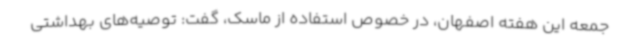
جمعه این هفته اصفهان، در خصوص استفاده از ماسک، گفت: توصیه‌های بهداشتی